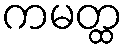
ကမတ္ထ